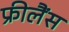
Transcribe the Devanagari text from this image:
फ्रीलैंस